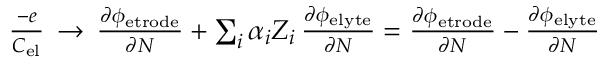
\begin{array} { r } { \frac { - e } { C _ { \mathrm { e l } } } \, \rightarrow \, \frac { \partial \phi _ { \mathrm { e t r o d e } } } { \partial N } + \sum _ { i } \alpha _ { i } Z _ { i } \, \frac { \partial \phi _ { \mathrm { e l y t e } } } { \partial N } = \frac { \partial \phi _ { \mathrm { e t r o d e } } } { \partial N } - \frac { \partial \phi _ { \mathrm { e l y t e } } } { \partial N } } \end{array}